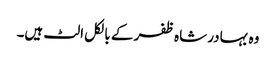
وہ بہادر شاہ ظفر کے بالکل الٹ ہیں۔